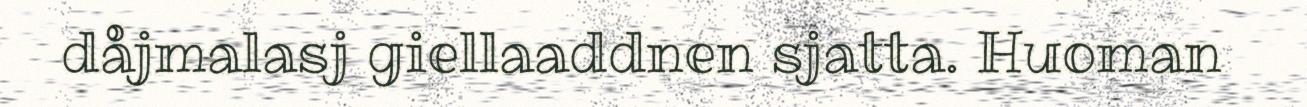
dåjmalasj giellaaddnen sjatta. Huoman